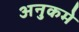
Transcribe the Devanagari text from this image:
अनुकमे